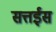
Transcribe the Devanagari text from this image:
सत्तईस